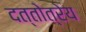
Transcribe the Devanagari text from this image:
दत्तोत्रेय